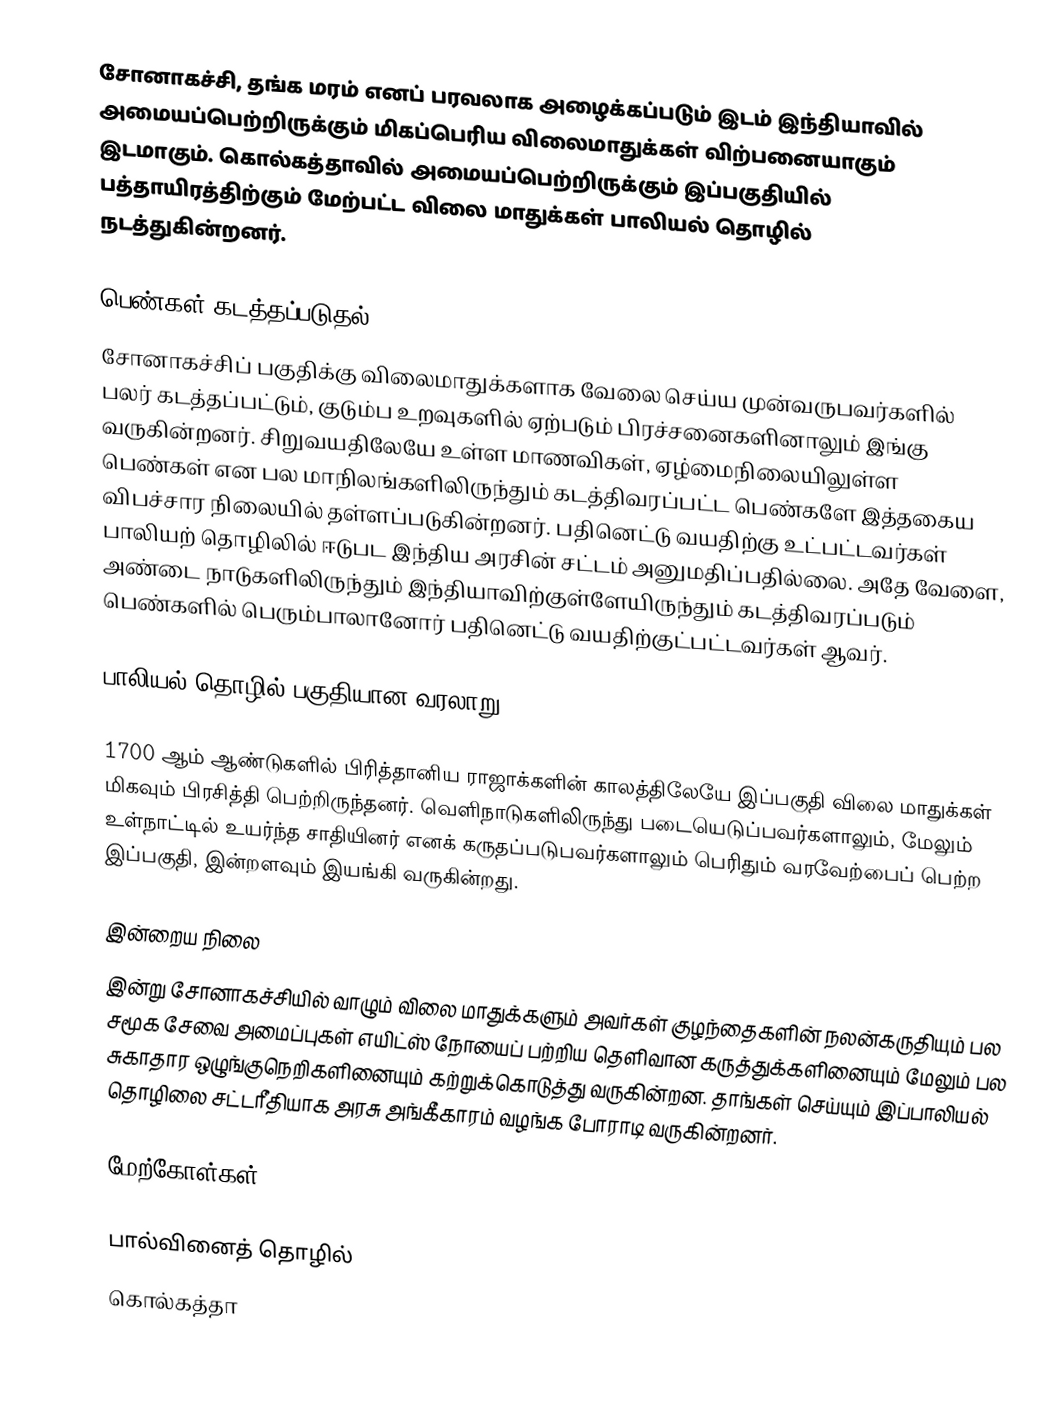
சோனாகச்சி, தங்க மரம் எனப் பரவலாக அழைக்கப்படும் இடம் இந்தியாவில் அமையப்பெற்றிருக்கும் மிகப்பெரிய விலைமாதுக்கள் விற்பனையாகும் இடமாகும். கொல்கத்தாவில் அமையப்பெற்றிருக்கும் இப்பகுதியில் பத்தாயிரத்திற்கும் மேற்பட்ட விலை மாதுக்கள் பாலியல் தொழில் நடத்துகின்றனர்.

பெண்கள் கடத்தப்படுதல்
சோனாகச்சிப் பகுதிக்கு விலைமாதுக்களாக வேலை செய்ய முன்வருபவர்களில் பலர் கடத்தப்பட்டும், குடும்ப உறவுகளில் ஏற்படும் பிரச்சனைகளினாலும் இங்கு வருகின்றனர். சிறுவயதிலேயே உள்ள மாணவிகள், ஏழ்மைநிலையிலுள்ள பெண்கள் என பல மாநிலங்களிலிருந்தும் கடத்திவரப்பட்ட பெண்களே இத்தகைய விபச்சார நிலையில் தள்ளப்படுகின்றனர். பதினெட்டு வயதிற்கு உட்பட்டவர்கள் பாலியற் தொழிலில் ஈடுபட இந்திய அரசின் சட்டம் அனுமதிப்பதில்லை. அதே வேளை, அண்டை நாடுகளிலிருந்தும் இந்தியாவிற்குள்ளேயிருந்தும் கடத்திவரப்படும் பெண்களில் பெரும்பாலானோர் பதினெட்டு வயதிற்குட்பட்டவர்கள் ஆவர்.

பாலியல் தொழில் பகுதியான வரலாறு

1700 ஆம் ஆண்டுகளில் பிரித்தானிய ராஜாக்களின் காலத்திலேயே இப்பகுதி விலை மாதுக்கள் மிகவும் பிரசித்தி பெற்றிருந்தனர். வெளிநாடுகளிலிருந்து படையெடுப்பவர்களாலும், மேலும் உள்நாட்டில் உயர்ந்த சாதியினர் எனக் கருதப்படுபவர்களாலும் பெரிதும் வரவேற்பைப் பெற்ற இப்பகுதி, இன்றளவும் இயங்கி வருகின்றது.

இன்றைய நிலை
இன்று சோனாகச்சியில் வாழும் விலை மாதுக்களும் அவர்கள் குழந்தைகளின் நலன்கருதியும் பல சமூக சேவை அமைப்புகள் எயிட்ஸ் நோயைப் பற்றிய தெளிவான கருத்துக்களினையும் மேலும் பல சுகாதார ஒழுங்குநெறிகளினையும் கற்றுக்கொடுத்து வருகின்றன. தாங்கள் செய்யும் இப்பாலியல் தொழிலை சட்டரீதியாக அரசு அங்கீகாரம் வழங்க போராடி வருகின்றனர்.

மேற்கோள்கள்

பால்வினைத் தொழில்
கொல்கத்தா